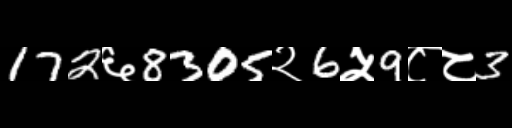
Text: 172६8305२6५9८८3